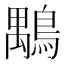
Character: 𪃍